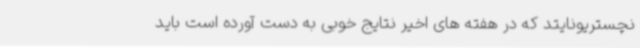
نچستریونایتد که در هفته های اخیر نتایج خوبی به دست آورده است باید